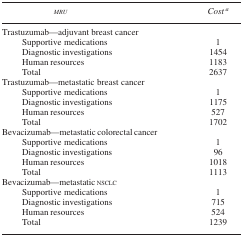
| MRU | Cost a |
 | --- | --- |
 | <COLSPAN=2> Trastuzumab—adjuvant breast cancer |
 | Supportive medications | 1 |
 | Diagnostic investigations | 1454 |
 | Human resources | 1183 |
 | Total | 2637 |
 | <COLSPAN=2> Trastuzumab—metastatic breast cancer |
 | Supportive medications | 1 |
 | Diagnostic investigations | 1175 |
 | Human resources | 527 |
 | Total | 1702 |
 | <COLSPAN=2> Bevacizumab—metastatic colorectal cancer |
 | Supportive medications | 1 |
 | Diagnostic investigations | 96 |
 | Human resources | 1018 |
 | Total | 1113 |
 | <COLSPAN=2> Bevacizumab—metastatic NSCLC |
 | Supportive medications | 1 |
 | Diagnostic investigations | 715 |
 | Human resources | 524 |
 | Total | 1239 |